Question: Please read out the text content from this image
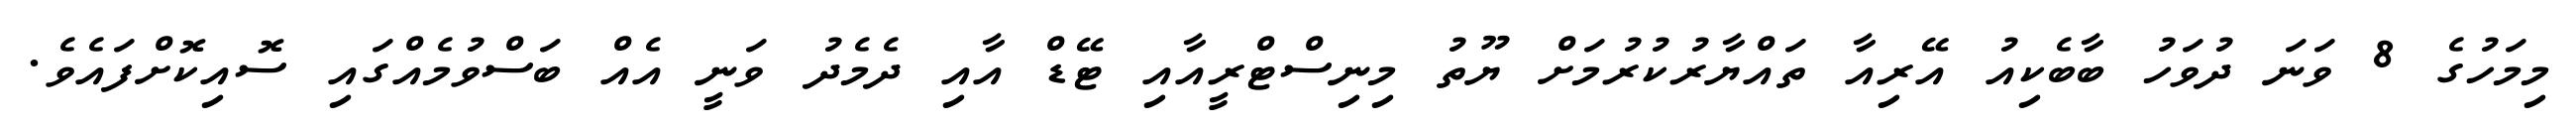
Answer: މިމަހުގެ 8 ވަނަ ދުވަހު ބާބެކިއު އޭރިއާ ތައްޔާރުކުރުމަށް ޔޫތު މިނިސްޓްރީއާއި ޓޭޑް އާއި ދެމެދު ވަނީ އެއް ބަސްވުމެއްގައި ސޮއިކޮށްފައެވެ.